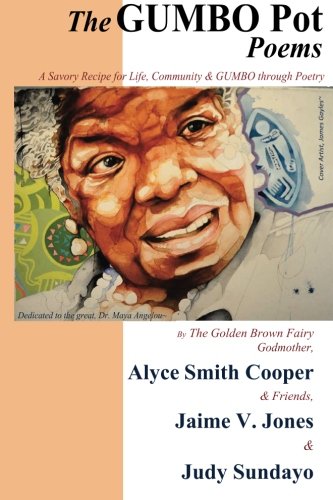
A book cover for The GUMBO POT Poems: A Savory Recipe for Life, Community & GUMBO Through Poetry; Judy Sundayo; Literature & Fiction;